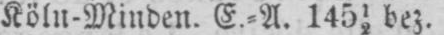
Köln-Minden. E.⸗A. 14512 bez.